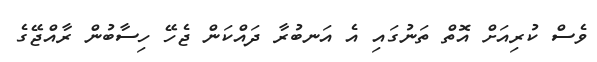
ވެސް ކުރިއަށް އޮތް ތަނުގައި އެ އަނބުރާ ދައްކަން ޖެހޭ ހިސާބުން ރާއްޖޭގެ